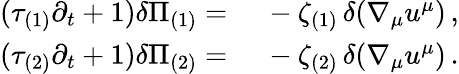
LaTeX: \begin{array}{rl}{(\tau_{(1)}\partial_{t}+1)\delta\Pi_{(1)}={}}&{{}-\zeta_{(1)}\, \delta(\nabla_{\mu}u^{\mu})\, ,}\\ {(\tau_{(2)}\partial_{t}+1)\delta\Pi_{(2)}={}}&{{}-\zeta_{(2)}\, \delta(\nabla_{\mu}u^{\mu})\, .}\end{array}